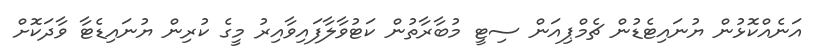
އަނެއްކޮޅުން ޔުނައިޓެޑުން ޗެމްޕިއަން ސިޓީ މުބާރާތުން ކަޓުވާލާފައިވާއިރު މީގެ ކުރިން ޔުނައިޑެޓާ ވާދަކޮށް